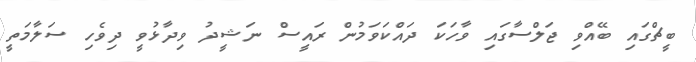
ބީޗްގައި ބޭއްވި ޖަލްސާގައި ވާހަކަ ދައްކަވަމުން ރައީސް ނަޝީދު ވިދާޅުވީ ދިވެހި ސަލާމަތީ